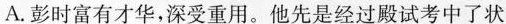
A.彭时富有才华，深受重用。他先是经过殿试考中了状